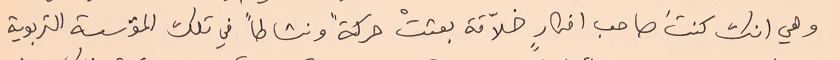
وهي انك كنتَ صاحب افكارٍ خلاّقة بعثتْ حركةً ونشاطاً في تلك المؤسسة التربوية